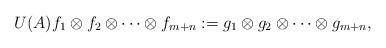
LaTeX: \begin{align*}U(A)f_1\otimes f_2\otimes\dots\otimes f_{m+n}:=g_1\otimes g_2\otimes\dots\otimes g_{m+n},\end{align*}